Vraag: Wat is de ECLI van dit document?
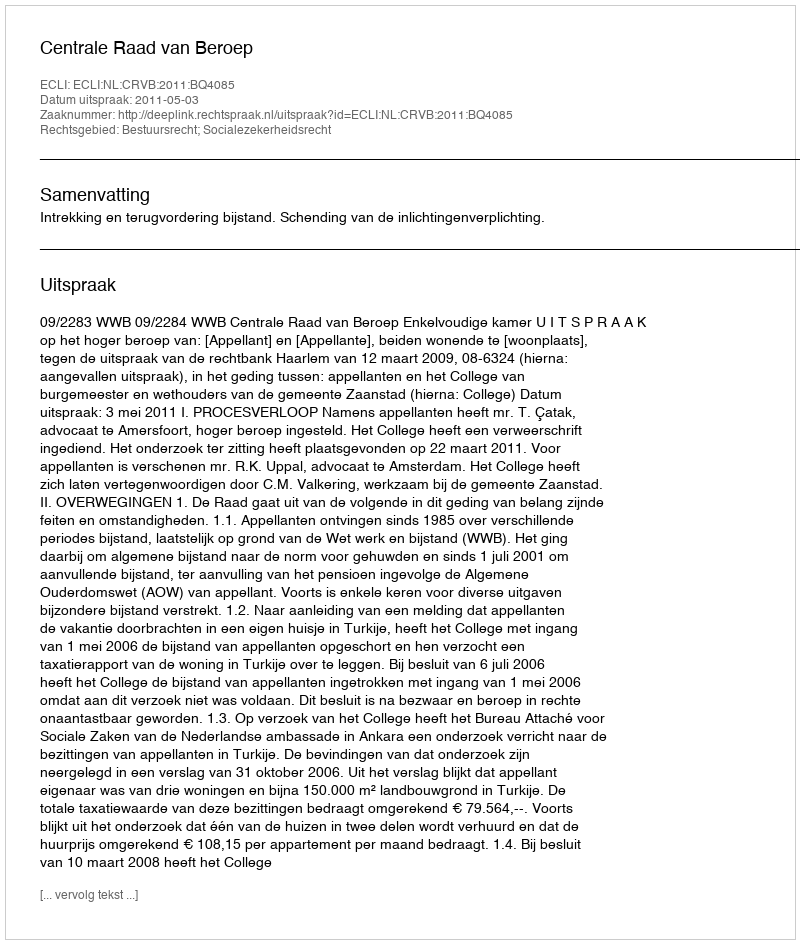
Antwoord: ECLI:NL:CRVB:2011:BQ4085